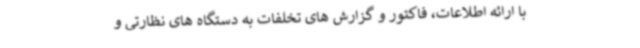
با ارائه اطلاعات، فاکتور و گزارش های تخلفات به دستگاه های نظارتی و